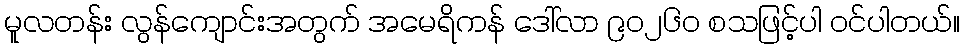
မူလတန်း လွန်ကျောင်းအတွက် အမေရိကန် ဒေါ်လာ ၉ဝ၂၆ဝ စသဖြင့်ပါ ဝင်ပါတယ်။